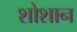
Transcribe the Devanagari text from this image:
शोशान